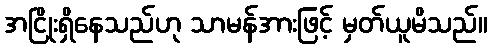
အငြိုးရှိနေသည်ဟု သာမန်အားဖြင့် မှတ်ယူမိသည်။